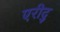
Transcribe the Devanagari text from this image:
एरीदु